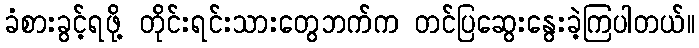
ခံစားခွင့်ရဖို့ တိုင်းရင်းသားတွေဘက်က တင်ပြဆွေးနွေးခဲ့ကြပါတယ်။